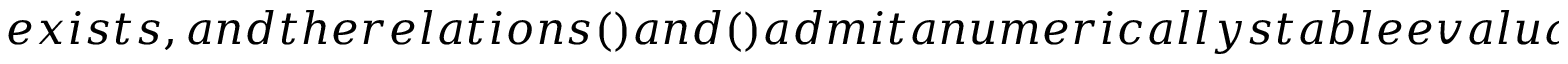
e x i s t s , a n d t h e r e l a t i o n s ( ) a n d ( ) a d m i t a n u m e r i c a l l y s t a b l e e v a l u a t i o n b y r e p l a c i n g t h e t e r m